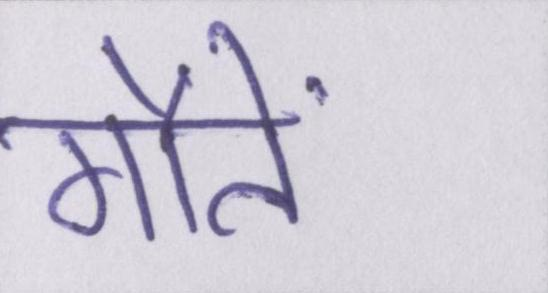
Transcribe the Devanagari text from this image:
मौतें